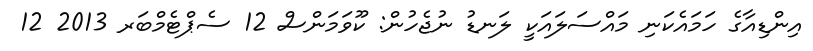
އިންޑިއާގެ ހަމައެކަނި މައްސަލައަކީ ލަނޑު ނުޖެހުން: ކޫވަމަންސް 12 ސެޕްޓެމްބަރ 2013 12